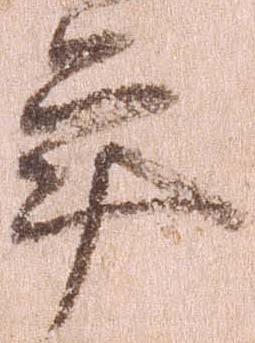
年